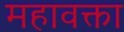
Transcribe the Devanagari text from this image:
महावक्ता